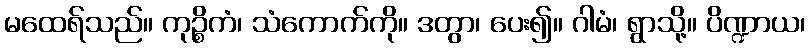
မထေရ်သည်။ ကုဉ္စိကံ၊ သံကောက်ကို။ ဒတွာ၊ ပေး၍။ ဂါမံ၊ ရွာသို့။ ပိဏ္ဍာယ၊